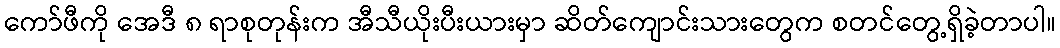
ကော်ဖီကို အေဒီ ၈ ရာစုတုန်းက အီသီယိုးပီးယားမှာ ဆိတ်ကျောင်းသားတွေက စတင်တွေ့ရှိခဲ့တာပါ။